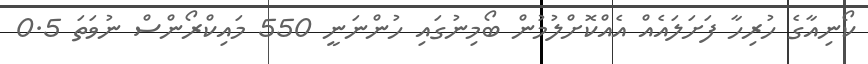
ކޯނިއާގެ ހުރިހާ ފަށަލައެއް އެއްކޮށްލުމުން ބޯމިނުގައި ހުންނަނީ 550 މައިކްރޯންސް ނުވަތަ 0.5